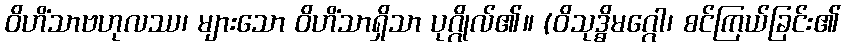
ဝိဟိံသာဗဟုလဿ၊ များသော ဝိဟိံသာရှိသာ ပုဂ္ဂိုလ်၏။ (ဝိသုဒ္ဓိမဂ္ဂေါ၊ စင်ကြယ်ခြင်း၏